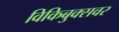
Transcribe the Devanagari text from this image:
विकिबुक्सवर